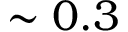
\sim 0 . 3